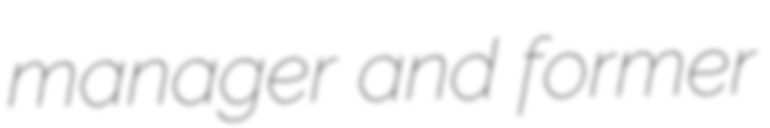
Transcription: manager and former